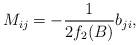
LaTeX: \begin{align*}M_{ij}=-\frac{1}{2f_2(B)}b_{ji},\end{align*}